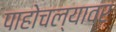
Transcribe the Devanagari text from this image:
पाहोचल्यावर